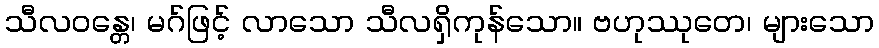
သီလဝန္တေ၊ မဂ်ဖြင့် လာသော သီလရှိကုန်သော။ ဗဟုဿုတေ၊ များသော